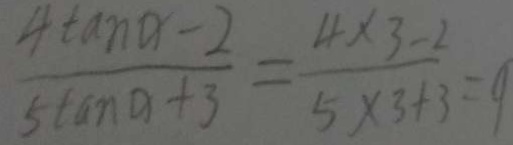
\frac { 4 \tan \alpha - 2 } { 5 \tan \alpha + 3 } = \frac { 4 \times 3 - 2 } { 5 \times 3 + 3 } = 9